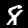
Label: 8